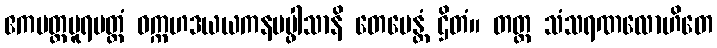
ဧကပတ္ထပူရမတ္တံ ဝက္ကဟဒယယကနပပ္ဖါသာနိ တေမေန္တံ ဌိတံ။ တတ္ထ သံသရဏလောဟိတေ